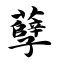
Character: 孽